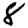
Digit: 8